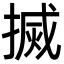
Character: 搣